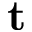
\mathbf { t }